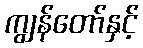
ကျွန်တော်နှင့်